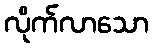
လိုက်လာသော